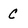
Character: C